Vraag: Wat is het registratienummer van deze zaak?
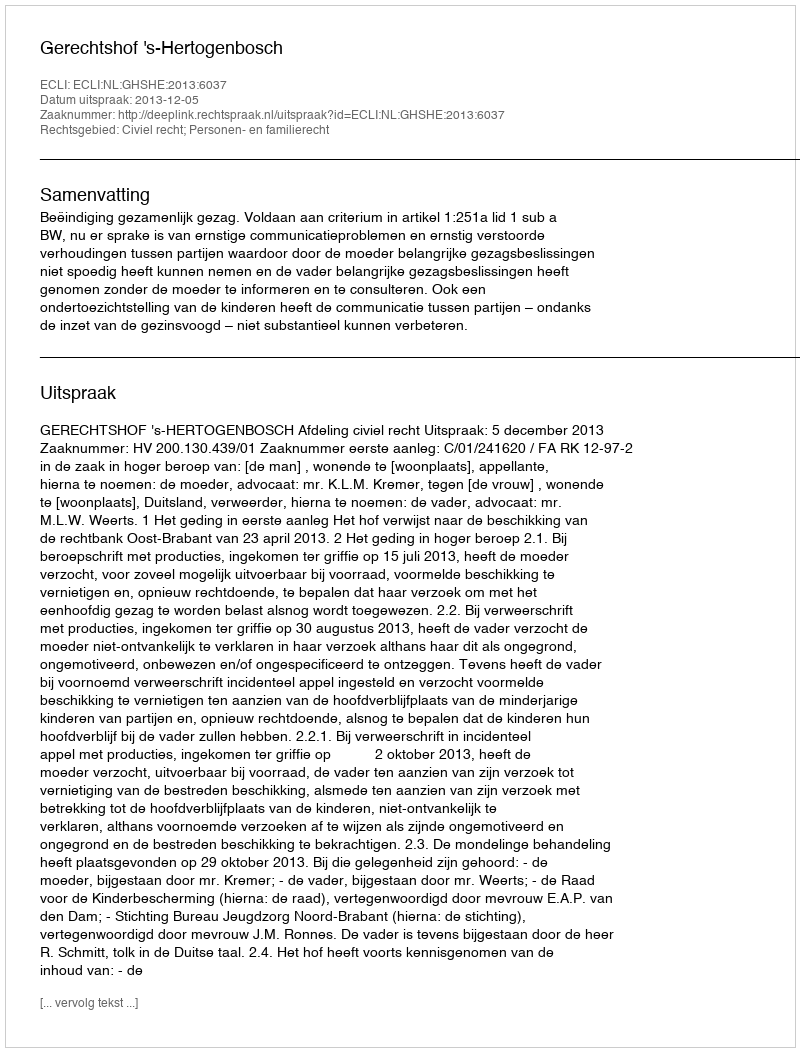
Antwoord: http://deeplink.rechtspraak.nl/uitspraak?id=ECLI:NL:GHSHE:2013:6037